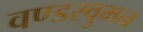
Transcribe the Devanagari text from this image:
वण्डरवुमन